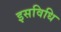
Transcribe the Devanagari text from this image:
इसविधि